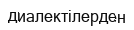
диалектілерден